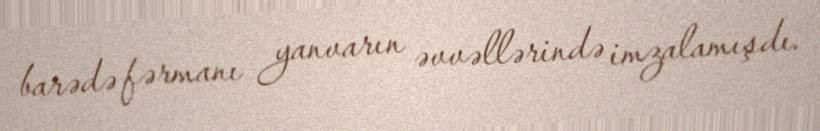
barədə fərmanı yanvarın əvvəllərində imzalamışdı.